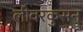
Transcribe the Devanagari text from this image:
लीवरकुसन